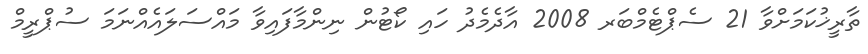
ތާރީޚުކަމަށްވާ 21 ސެޕްޓެމްބަރ 2008 އާދެމެދު ހައި ކޯޓުން ނިންމާފައިވާ މައްސަލައެއްނަމަ ސުޕްރީމް